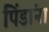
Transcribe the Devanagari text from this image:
पिंडांना